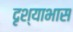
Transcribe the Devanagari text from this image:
दृश्याभास